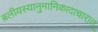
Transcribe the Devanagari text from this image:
बलीयस्यानुमानिकादाचारात्